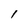
Character: l